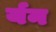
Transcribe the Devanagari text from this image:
र्यन